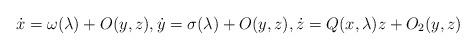
LaTeX: \begin{align*}\dot{x}=\omega(\lambda)+O(y,z), \dot{y}=\sigma(\lambda)+O(y,z), \dot{z}=Q(x,\lambda)z+O_2(y,z)\end{align*}